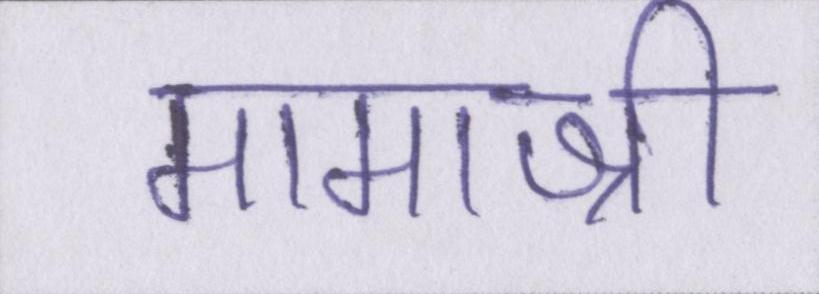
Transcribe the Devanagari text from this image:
मामाश्री